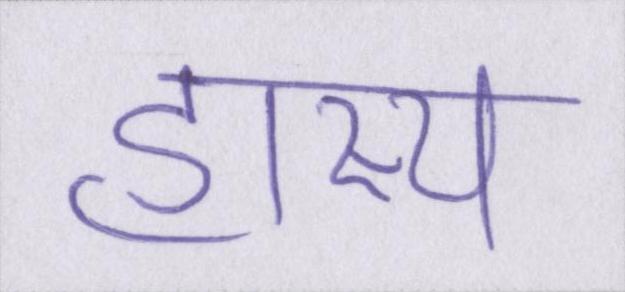
हास्य